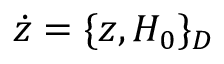
\dot { z } = \{ z , H _ { 0 } \} _ { D }